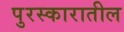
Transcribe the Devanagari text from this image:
पुरस्कारातील